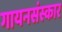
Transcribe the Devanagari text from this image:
गायनसंस्कार